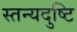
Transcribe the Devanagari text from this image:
स्तन्यदुष्टि